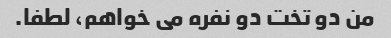
من دو تخت دو نفره می خواهم، لطفا.